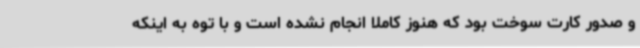
و صدور کارت سوخت بود که هنوز کاملا انجام نشده است و با توه به اینکه